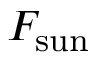
F _ { \mathrm { s u n } }